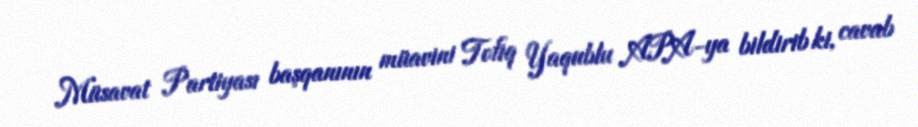
Müsavat Partiyası başqanının müavini Tofiq Yaqublu APA-ya bildirib ki, cavab